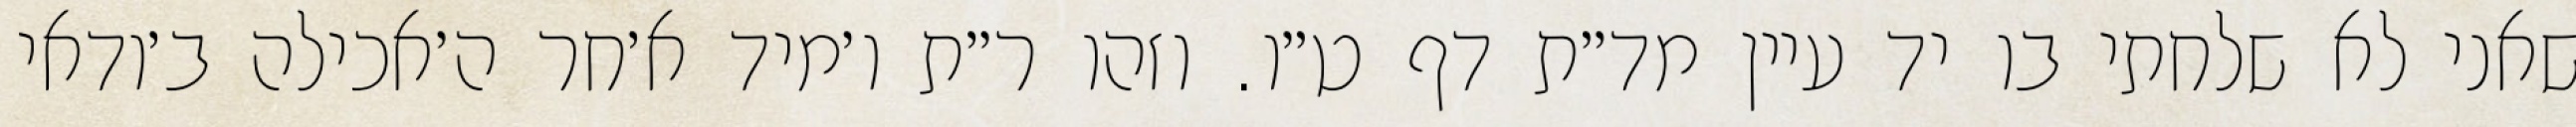
שאני לא שלחתי בו יד עיין מד״ת דף ט״ו. וזהו ר״ת ו׳מיד א׳חר ה׳אכילה ב׳ודאי